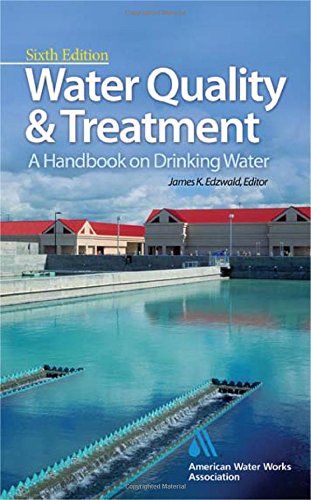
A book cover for Water Quality & Treatment: A Handbook on Drinking Water (Water Resources and Environmental Engineering Series); American Water Works Association; Science & Math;